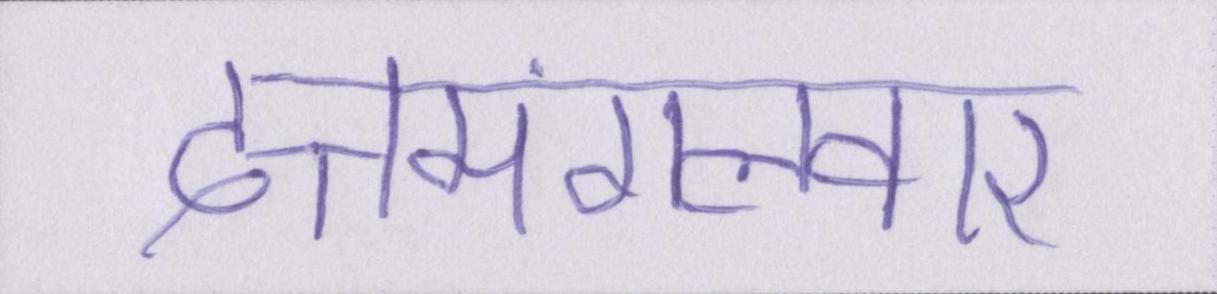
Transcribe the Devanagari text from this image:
दत्तमंगलवार